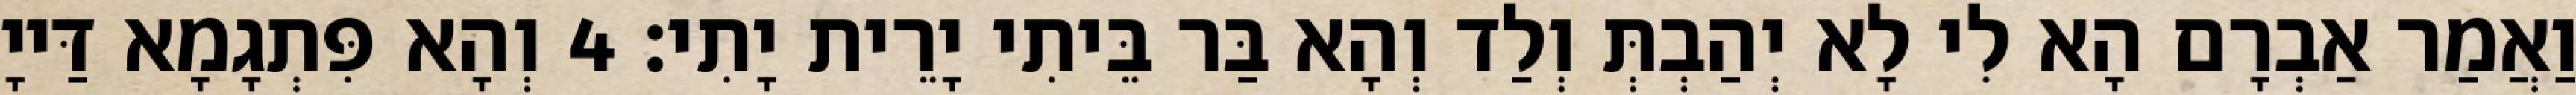
וַאֲמַר אַבְרָם הָא לִי לָא יְהַבְתְּ וְלַד וְהָא בַּר בֵּיתִי יָרֵית יָתִי׃ 4 וְהָא פִּתְגָמָא דַּייָ